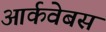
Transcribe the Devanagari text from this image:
आर्कवेबस